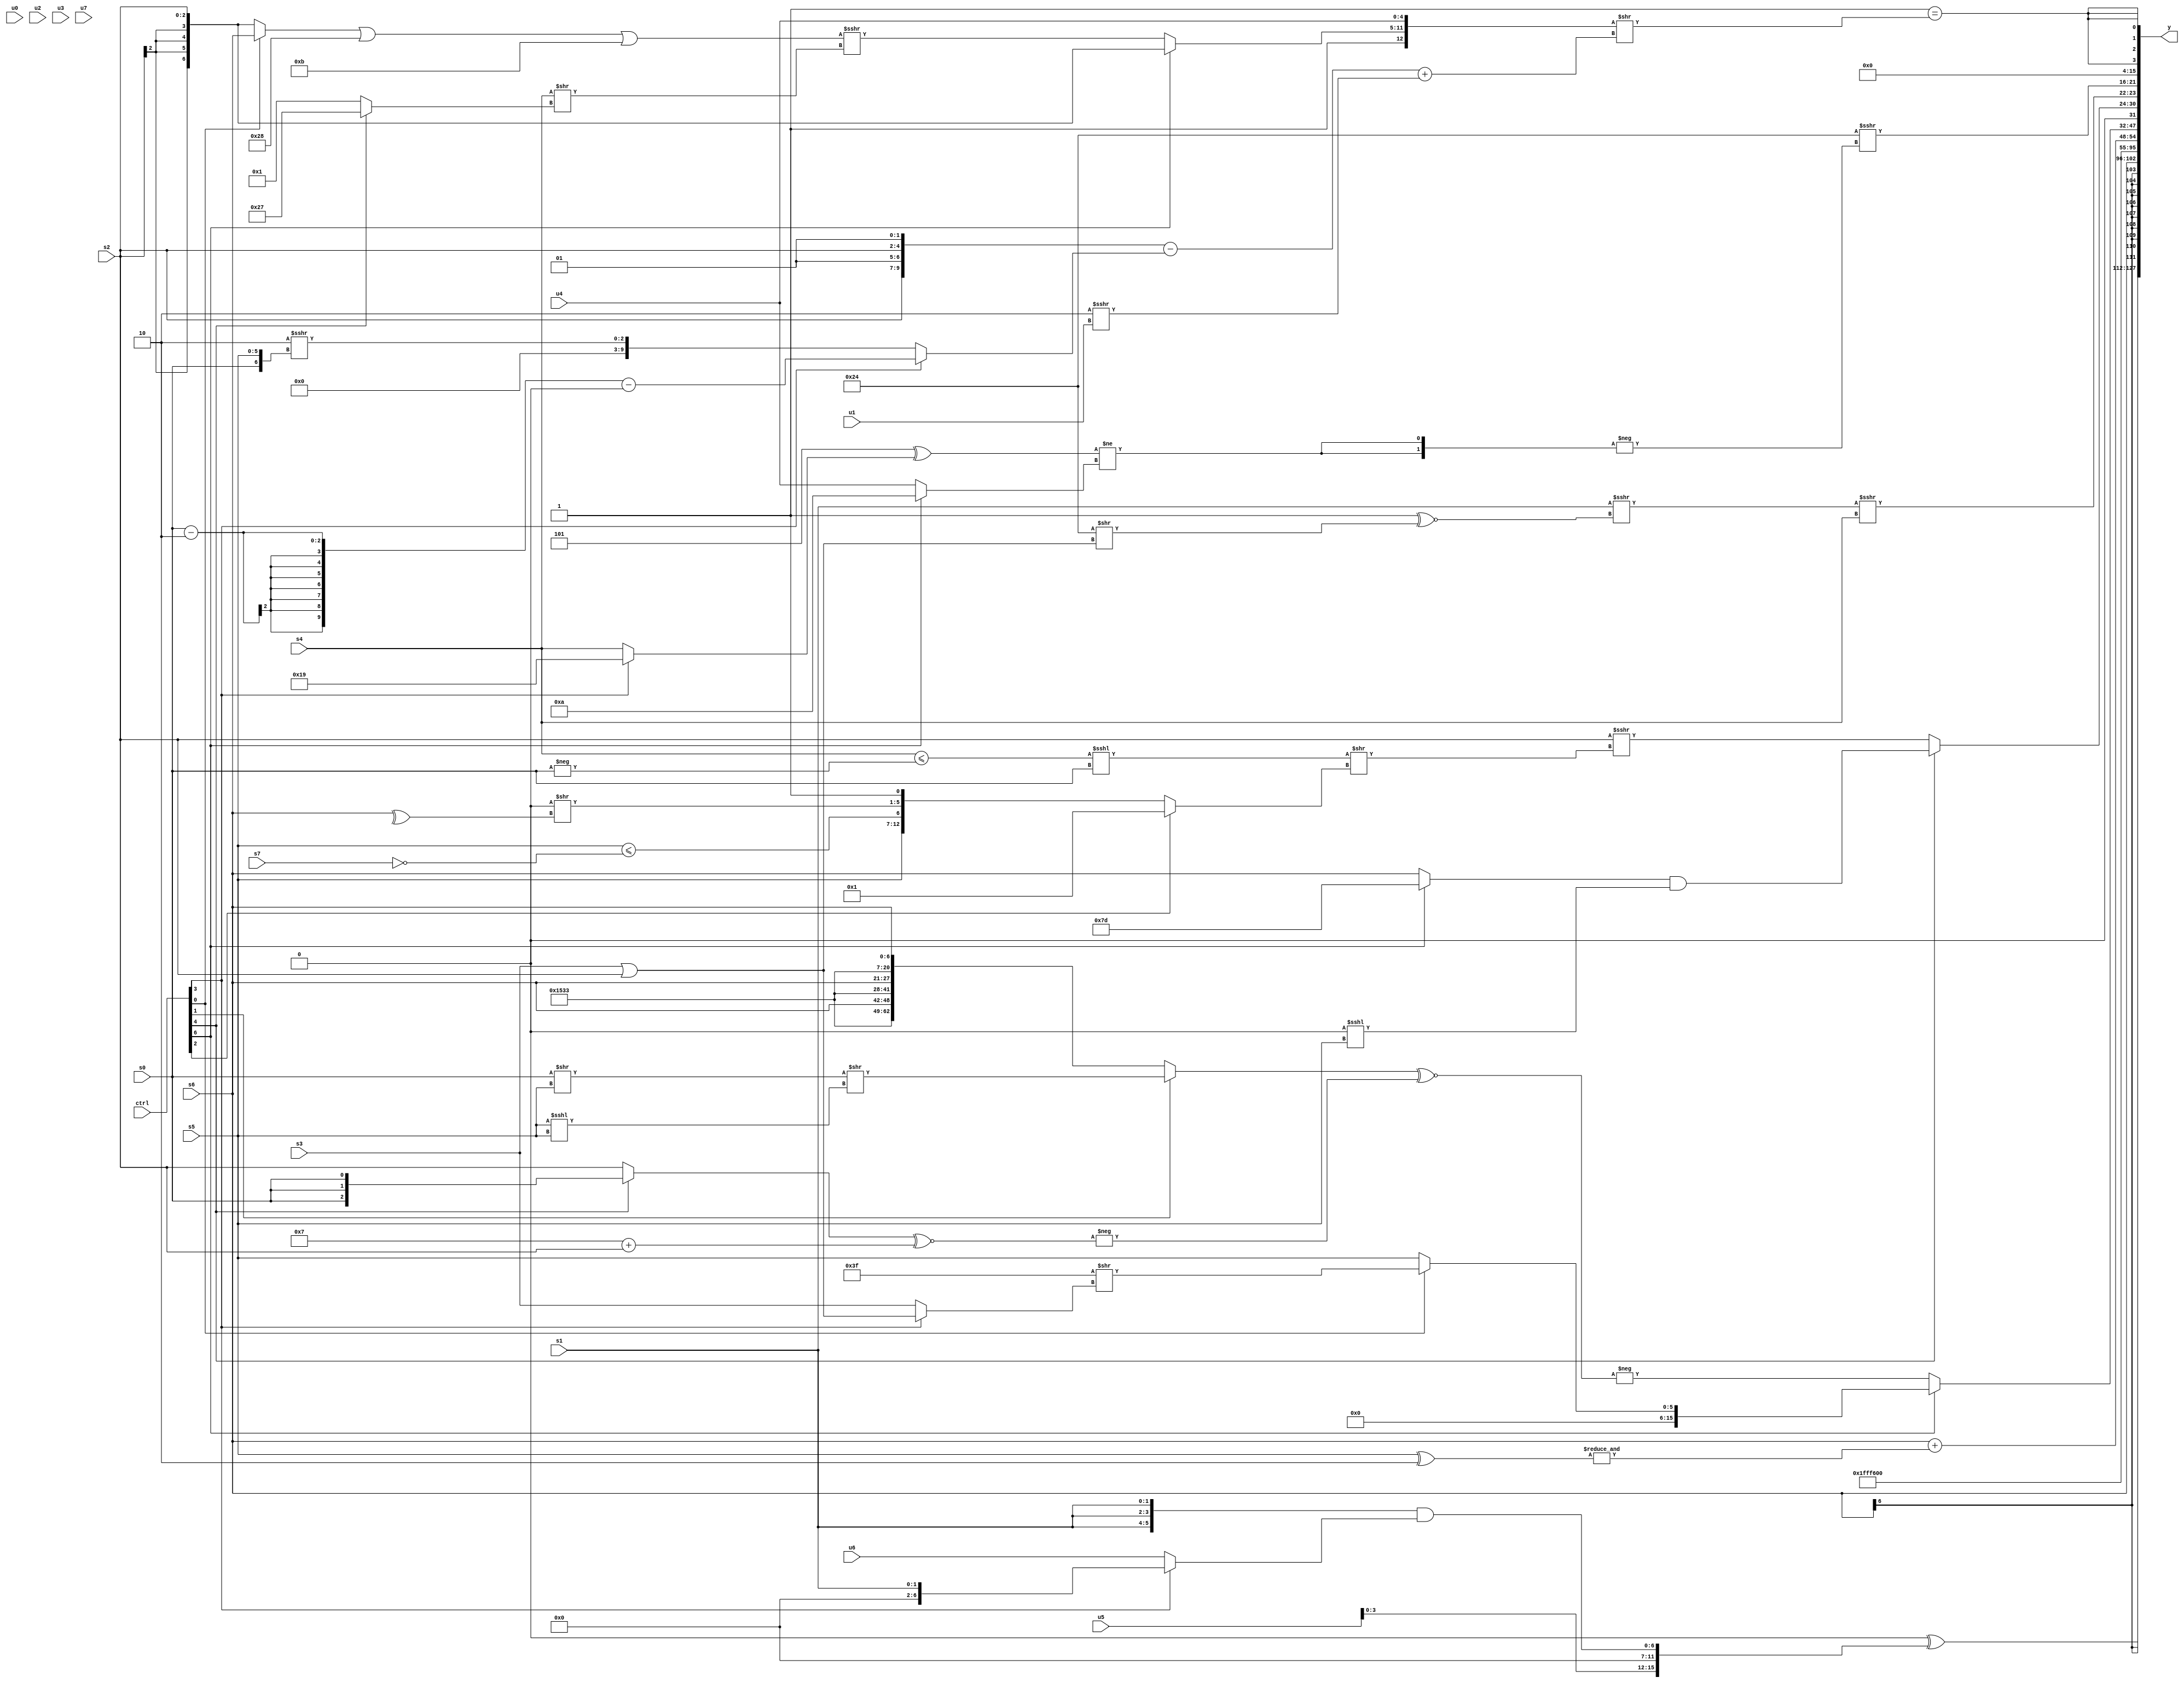
module wideexpr_00417(ctrl, u0, u1, u2, u3, u4, u5, u6, u7, s0, s1, s2, s3, s4, s5, s6, s7, y);
  input [7:0] ctrl;
  input [0:0] u0;
  input [1:0] u1;
  input [2:0] u2;
  input [3:0] u3;
  input [4:0] u4;
  input [5:0] u5;
  input [6:0] u6;
  input [7:0] u7;
  input signed [0:0] s0;
  input signed [1:0] s1;
  input signed [2:0] s2;
  input signed [3:0] s3;
  input signed [4:0] s4;
  input signed [5:0] s5;
  input signed [6:0] s6;
  input signed [7:0] s7;
  output [127:0] y;
  wire [15:0] y0;
  wire [15:0] y1;
  wire [15:0] y2;
  wire [15:0] y3;
  wire [15:0] y4;
  wire [15:0] y5;
  wire [15:0] y6;
  wire [15:0] y7;
  assign y = {y0,y1,y2,y3,y4,y5,y6,y7};
  assign y0 = {($signed({1{((ctrl[6]?(ctrl[5]?$signed(~|(2'sb00)):(ctrl[1]?$signed(5'sb00000):+(u5))):$signed($signed(s0))))&(6'sb100101)}}))<<(($signed((($signed($unsigned(3'sb000)))>>>(s1))-(s6)))>=((s5)^~(s3))),{2{6'sb101110}},$signed(+({$signed(-(($signed(1'b1))&(4'sb1011))),$signed(($signed(&((6'sb001000)==(1'sb0))))^({u5,5'sb00000,({3{s1}})&((ctrl[3]?s1:u6))}))}))};
  assign y1 = s6;
  assign y2 = 3'sb000;
  assign y3 = -(3'b101);
  assign y4 = {($unsigned(s6))+({&((s5)^(2'sb10))})};
  assign y5 = (ctrl[6]?$signed((ctrl[0]?(+(-(~&(6'sb101000))))>>((ctrl[3]?(+(s3))|($signed(s2)):s3)):(s5)<<<(1'b0))):-(((ctrl[1]?((s0)>>(s5))>>(+((s5)<<<(s5))):+({3{{3'sb010,5'sb10100,6'sb110011,s6}}})))^~(-({((ctrl[4]?s0:s2))^~((4'sb0111)+(s2))}))));
  assign y6 = {(3'sb010)-(5'sb01110),(ctrl[4]?$signed($signed($unsigned(+(((ctrl[6]?3'sb101:s6))&((3'sb000)<<<(s5)))))):($signed(s2))>>>((((s4)<=(-((ctrl[0]?s0:s0))))<<<($signed(s0)))>>((ctrl[2]?{$unsigned(3'sb001)}:{s5,($signed(s5))<=(~(s7)),((5'sb10011)<<(5'sb00101))>>(^(s6)),~&(~^(1'sb1))})))),($signed(((s1)<<(1'sb0))>>>($unsigned((2'sb11)^~((6'sb100100)>>((s3)|(s2)))))))>>>($signed(s4)),(6'sb100100)>>>(-({2{-((($signed(3'sb101))^((ctrl[3]?5'b11001:s4)))!=({1{(ctrl[6]?5'sb01010:u4)}}))}}))};
  assign y7 = {4{({2'b01})==(({1'sb1,(ctrl[6]?(ctrl[6]?s2:$signed((5'sb00110)<<<(2'sb01))):((((ctrl[0]?s6:s2))|((5'sb11000)&(6'sb101010)))|(+(5'sb11011)))>>>(($signed({s4}))>>($signed((ctrl[4]?6'sb100111:5'sb00001))))),u4})>>((($unsigned($signed({2{{s2,2'sb01}}})))-((ctrl[3]?(ctrl[3]?((s0)-(2'b10))-((1'b0)>>>(1'b1)):{$signed(s7)}):{1{((3'sb101)-(3'sb111))>>>({s0,s5})}})))+(({-((-(4'sb0000))!=(3'b110)),{((s7)!=(1'sb0))<<(3'sb001)}})>>>(u1))))}};
endmodule